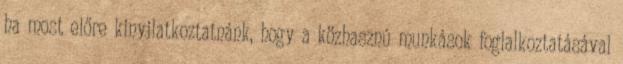
ha most előre kinyilatkoztatnánk, hogy a közhasznú munkások foglalkoztatásával